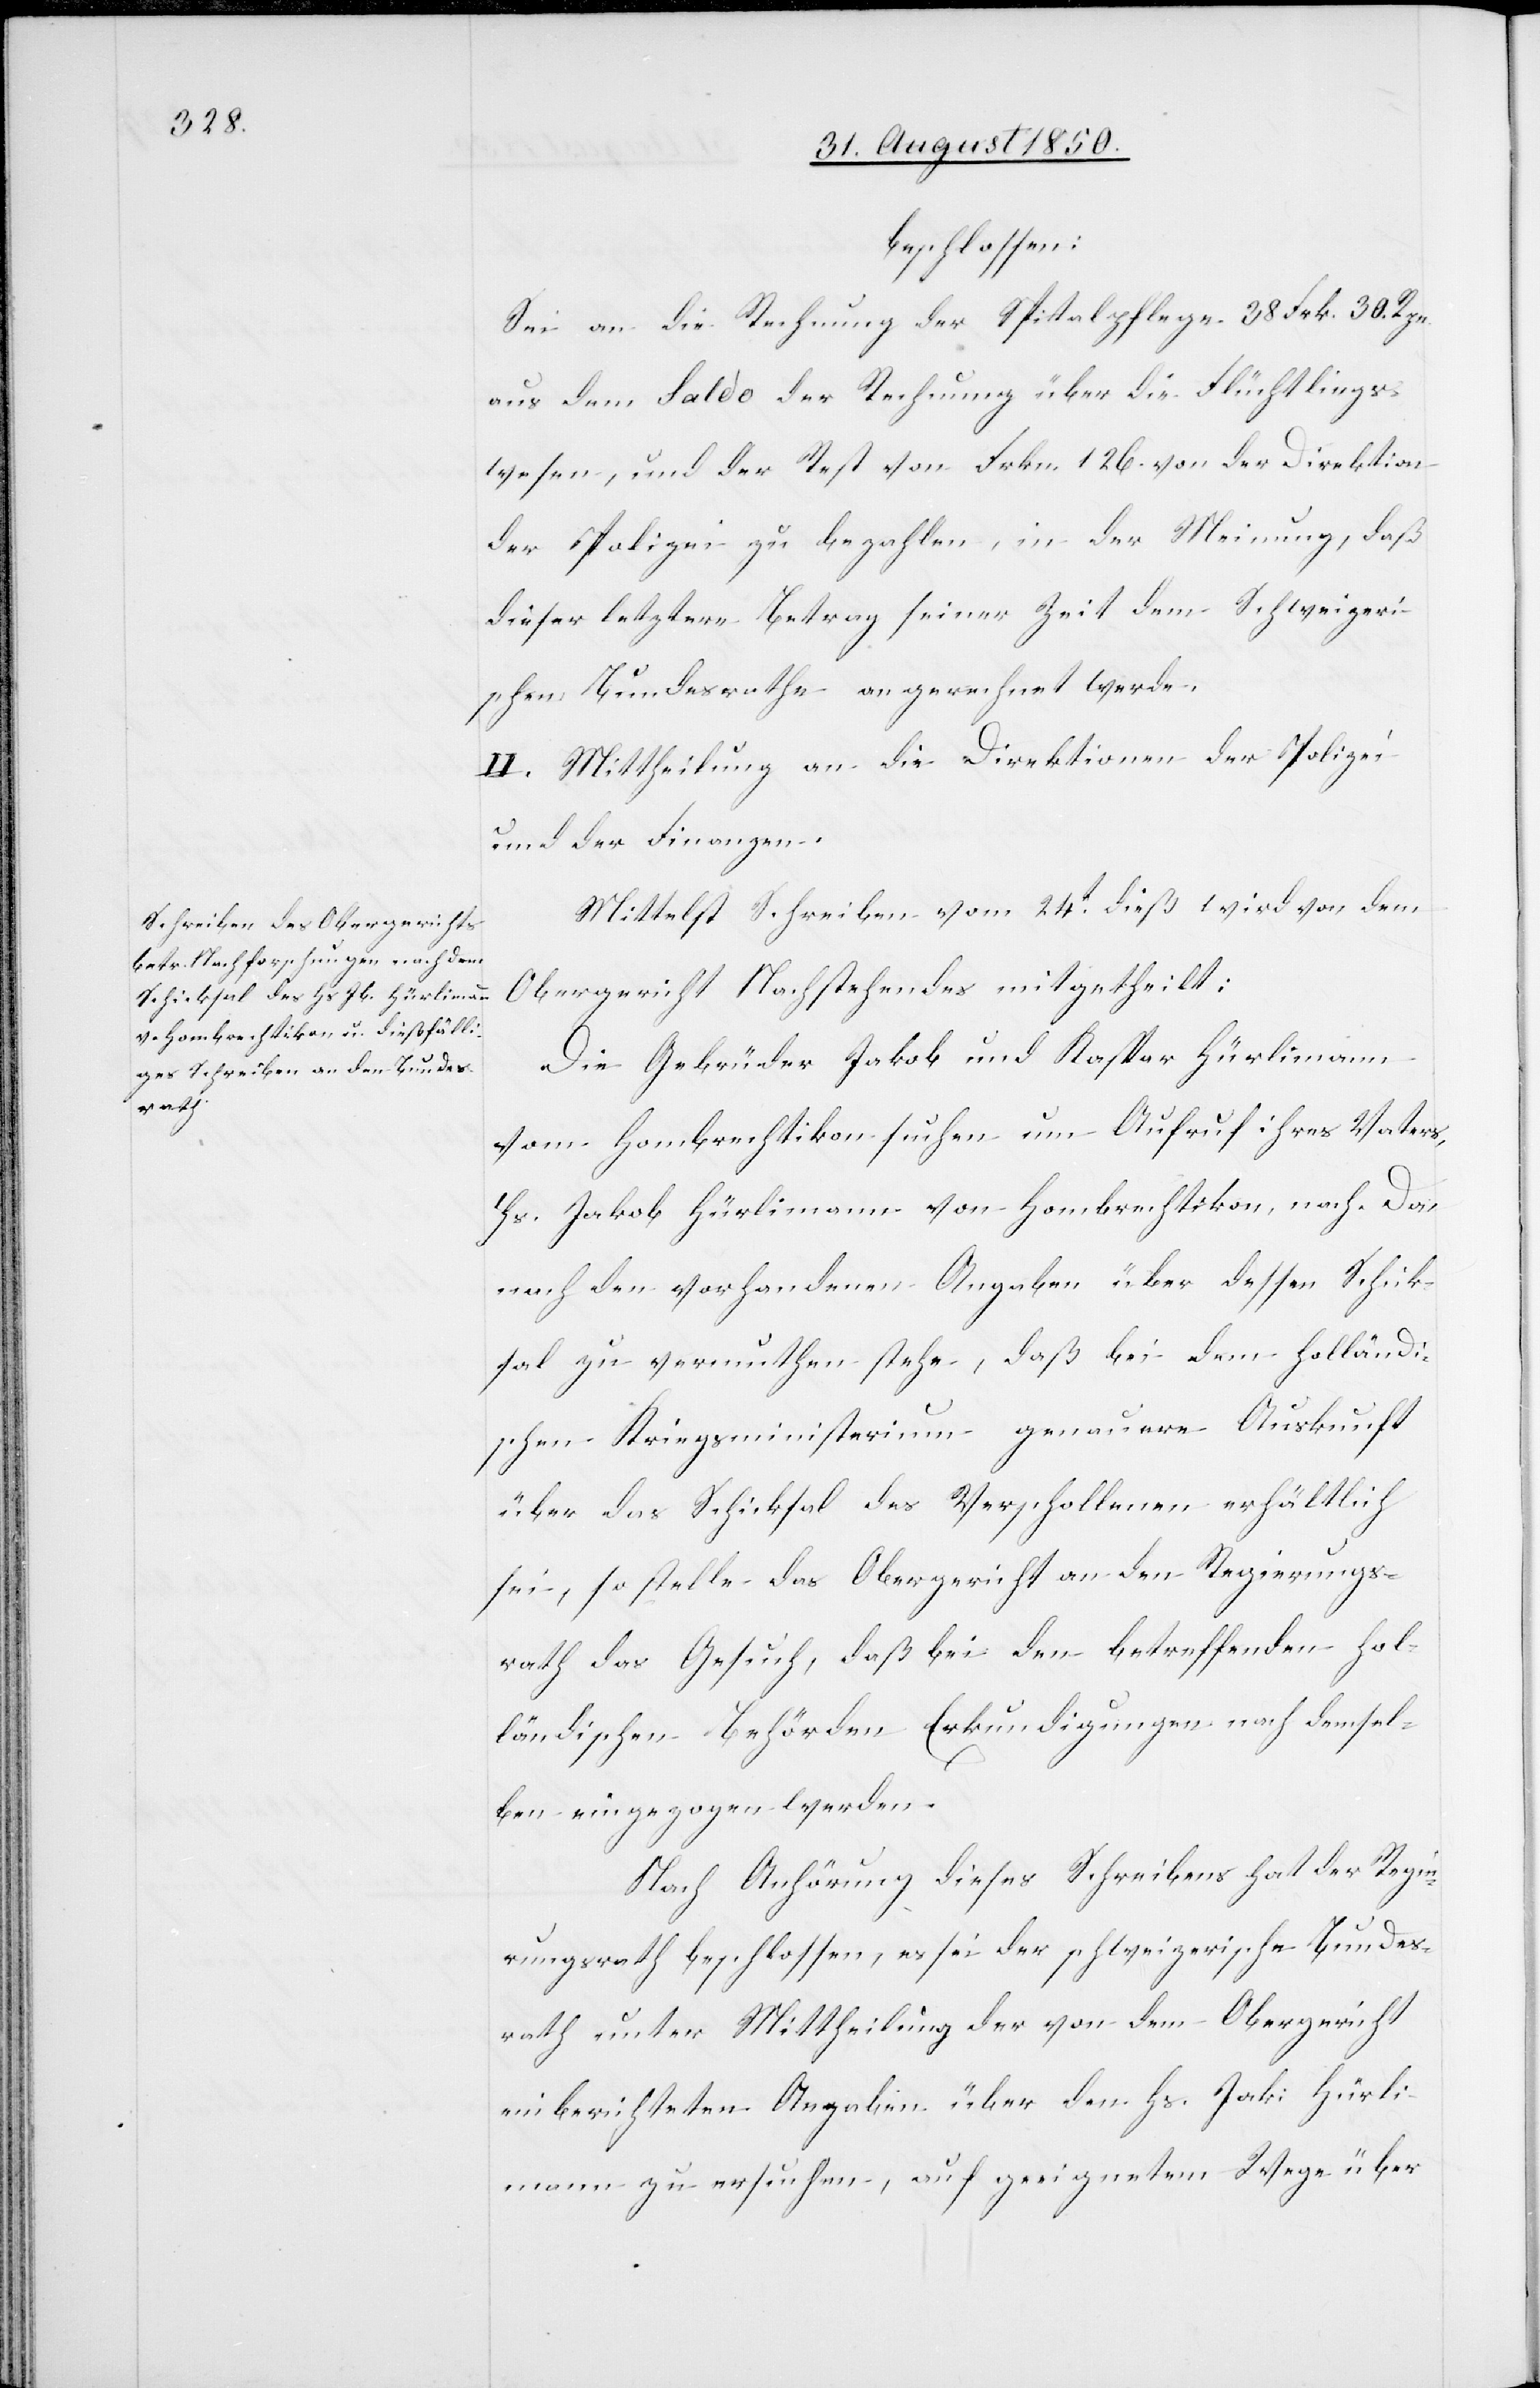
beschlossen:
Sei an die Rechnung der Spitalpflege 38 Frk. 30. Rpn
aus dem Saldo der Rechnung über die [sic!] Flüchtlings¬
wesen, und der Rest von Frkn. 126. von der Direktion
der Polizei zu bezahlen, in der Meinung, daß
dieser letztere Betrag seiner Zeit dem Schweizeri¬
schen Bundesrathe angerechnet werde.
II. Mittheilung an die Direktion der Polizei
und der Finanzen.
Mittelst Schreiben vom 24t dieß wird von dem
Obergericht Nachstehendes mitgetheilt:
Die Gebrüder Jakob und Kaspar Hürlimann
Hombrechtikon suchen um Aufruf ihres Vaters,
Hs. Jakob Hürlimann von Hombrechtikon, nach. Da
nach den vorhandenen Angaben über dessen Schick¬
sal zu vermuthen stehe, daß bei dem holländi¬
schen Kriegsministerium genauere Auskunft
über das Schicksal des Verschollenen erhältlich
sei, so stelle das Obergericht an den Regierungs¬
rath das Gesuch, daß bei den betreffenden hol¬
ländischen Behörden Erkundigungen nach demsel¬
ben eingezogen werden.
Nach Anhörung dieses Schreibens hat der Regie¬
rungsrath beschlossen, es sei der schweizerische Bundes¬
rath unter Mittheilung der von dem Obergericht
einberichteten Angaben über den Hs. Jak: Hürli¬
mann zu ersuchen, auf geeignetem Wege über